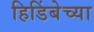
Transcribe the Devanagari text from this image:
हिडिंबेच्या